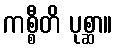
ကစ္စီတိ ပုစ္ဆာ။